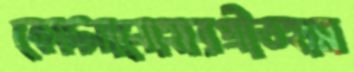
কোদ্‌লানোহারপ্রীতহাম